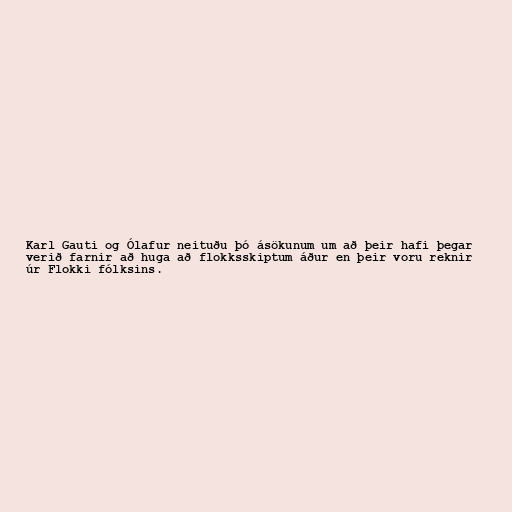
Karl Gauti og Ólafur neituðu þó ásökunum um að þeir hafi þegar
verið farnir að huga að flokksskiptum áður en þeir voru reknir
úr Flokki fólksins.